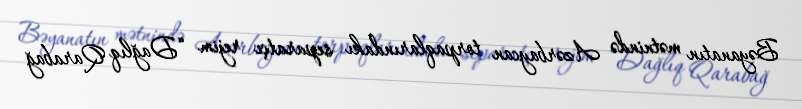
Bəyanatın mətnində Azərbaycan torpaqlarındakı separatçı rejim “Dağlıq Qarabağ